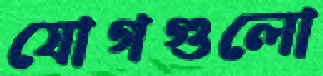
যোগগুলো